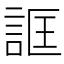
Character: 誆